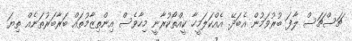
ޗަސްޗަސް ލާފަ ބުރުވަމުން އެބަދޭ. އެއްކަލަމީހާ ކީއްތޯކުރާނީ މިހާވެސް އިންތިޒާމުތައް ބަރާބަރުތަނެއް ތިޔަ